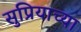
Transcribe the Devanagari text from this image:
सुप्रियाच्या